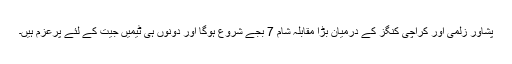
پشاور زلمی اور کراچی کنگز کے درمیان بڑا مقابلہ شام 7 بجے شروع ہوگا اور دونوں ہی ٹیمیں جیت کے لئے پرعزم ہیں۔